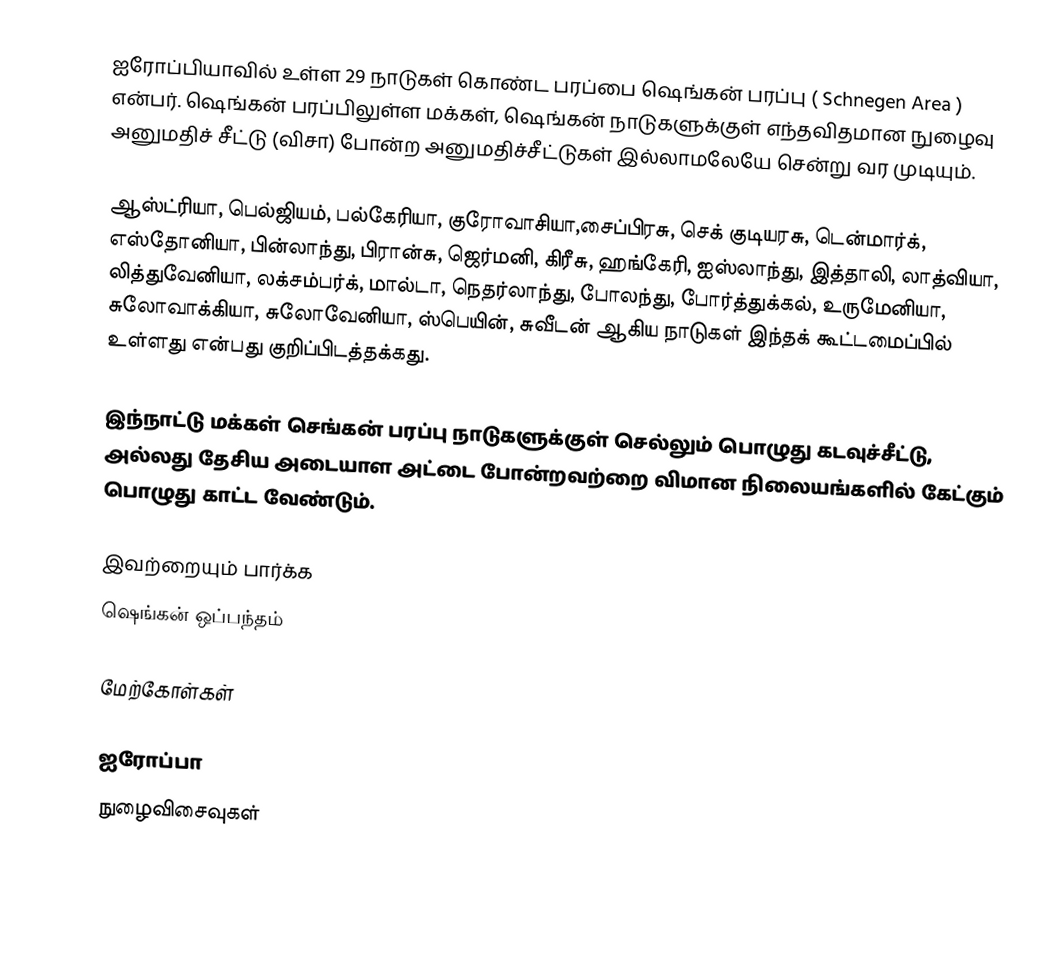
ஐரோப்பியாவில் உள்ள 29 நாடுகள் கொண்ட பரப்பை ஷெங்கன் பரப்பு ( Schnegen Area ) என்பர். ஷெங்கன் பரப்பிலுள்ள மக்கள், ஷெங்கன் நாடுகளுக்குள் எந்தவிதமான நுழைவு அனுமதிச் சீட்டு (விசா) போன்ற அனுமதிச்சீட்டுகள் இல்லாமலேயே சென்று வர முடியும்.

ஆஸ்ட்ரியா, பெல்ஜியம், பல்கேரியா, குரோவாசியா,சைப்பிரசு, செக் குடியரசு, டென்மார்க், எஸ்தோனியா, பின்லாந்து, பிரான்சு, ஜெர்மனி, கிரீசு, ஹங்கேரி, ஐஸ்லாந்து, இத்தாலி, லாத்வியா,  லித்துவேனியா, லக்சம்பர்க்,  மால்டா, நெதர்லாந்து, போலந்து, போர்த்துக்கல், உருமேனியா,  சுலோவாக்கியா,   சுலோவேனியா,  ஸ்பெயின், சுவீடன் ஆகிய நாடுகள் இந்தக் கூட்டமைப்பில் உள்ளது என்பது குறிப்பிடத்தக்கது.

இந்நாட்டு மக்கள் செங்கன் பரப்பு நாடுகளுக்குள் செல்லும் பொழுது கடவுச்சீட்டு, அல்லது தேசிய அடையாள அட்டை போன்றவற்றை விமான நிலையங்களில் கேட்கும் பொழுது காட்ட வேண்டும்.

இவற்றையும் பார்க்க
 ஷெங்கன் ஒப்பந்தம்

மேற்கோள்கள்

ஐரோப்பா
நுழைவிசைவுகள்